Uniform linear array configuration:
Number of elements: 32
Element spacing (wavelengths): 0.5
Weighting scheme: hamming
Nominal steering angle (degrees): -60
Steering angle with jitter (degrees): -60.927
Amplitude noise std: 0.05
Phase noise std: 0.05

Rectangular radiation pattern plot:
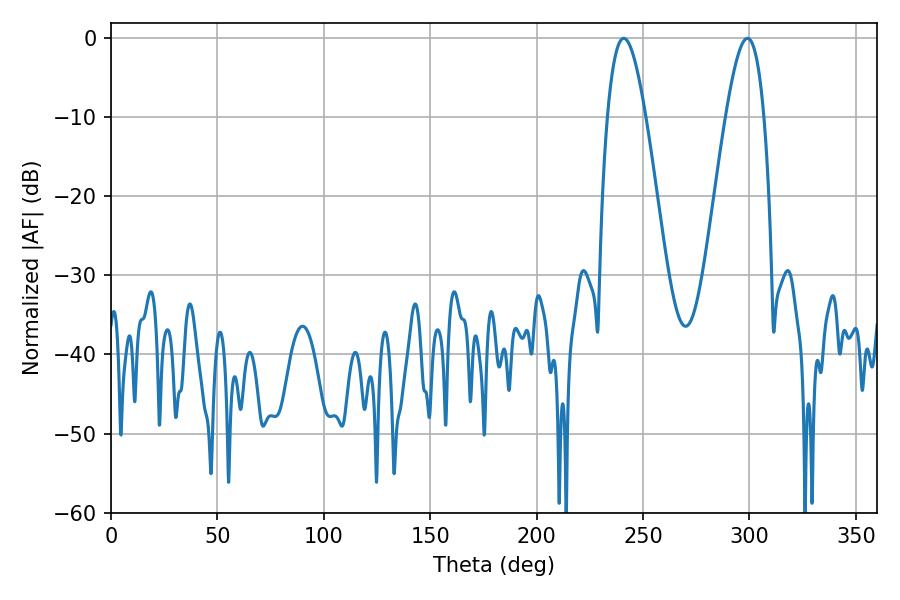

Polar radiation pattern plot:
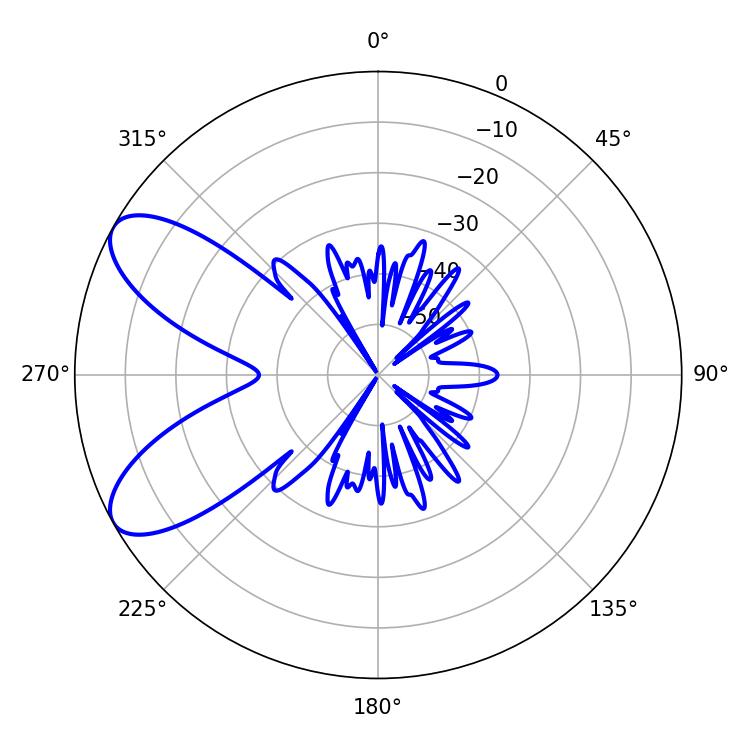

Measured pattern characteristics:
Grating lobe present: FALSE
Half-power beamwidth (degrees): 9.72
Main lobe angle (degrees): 240.84